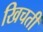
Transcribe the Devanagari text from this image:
खिचती